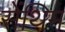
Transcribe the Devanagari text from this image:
सेंथिम